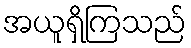
အယူရှိကြသည်